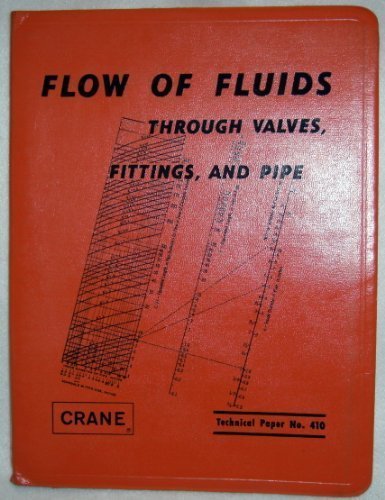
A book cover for Flow of Fluids Through Valves, Fittings & Pipe TP-410; Crane Valve; Science & Math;